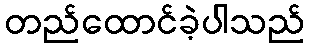
တည်ထောင်ခဲ့ပါသည်